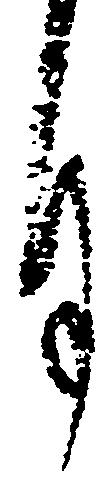
月